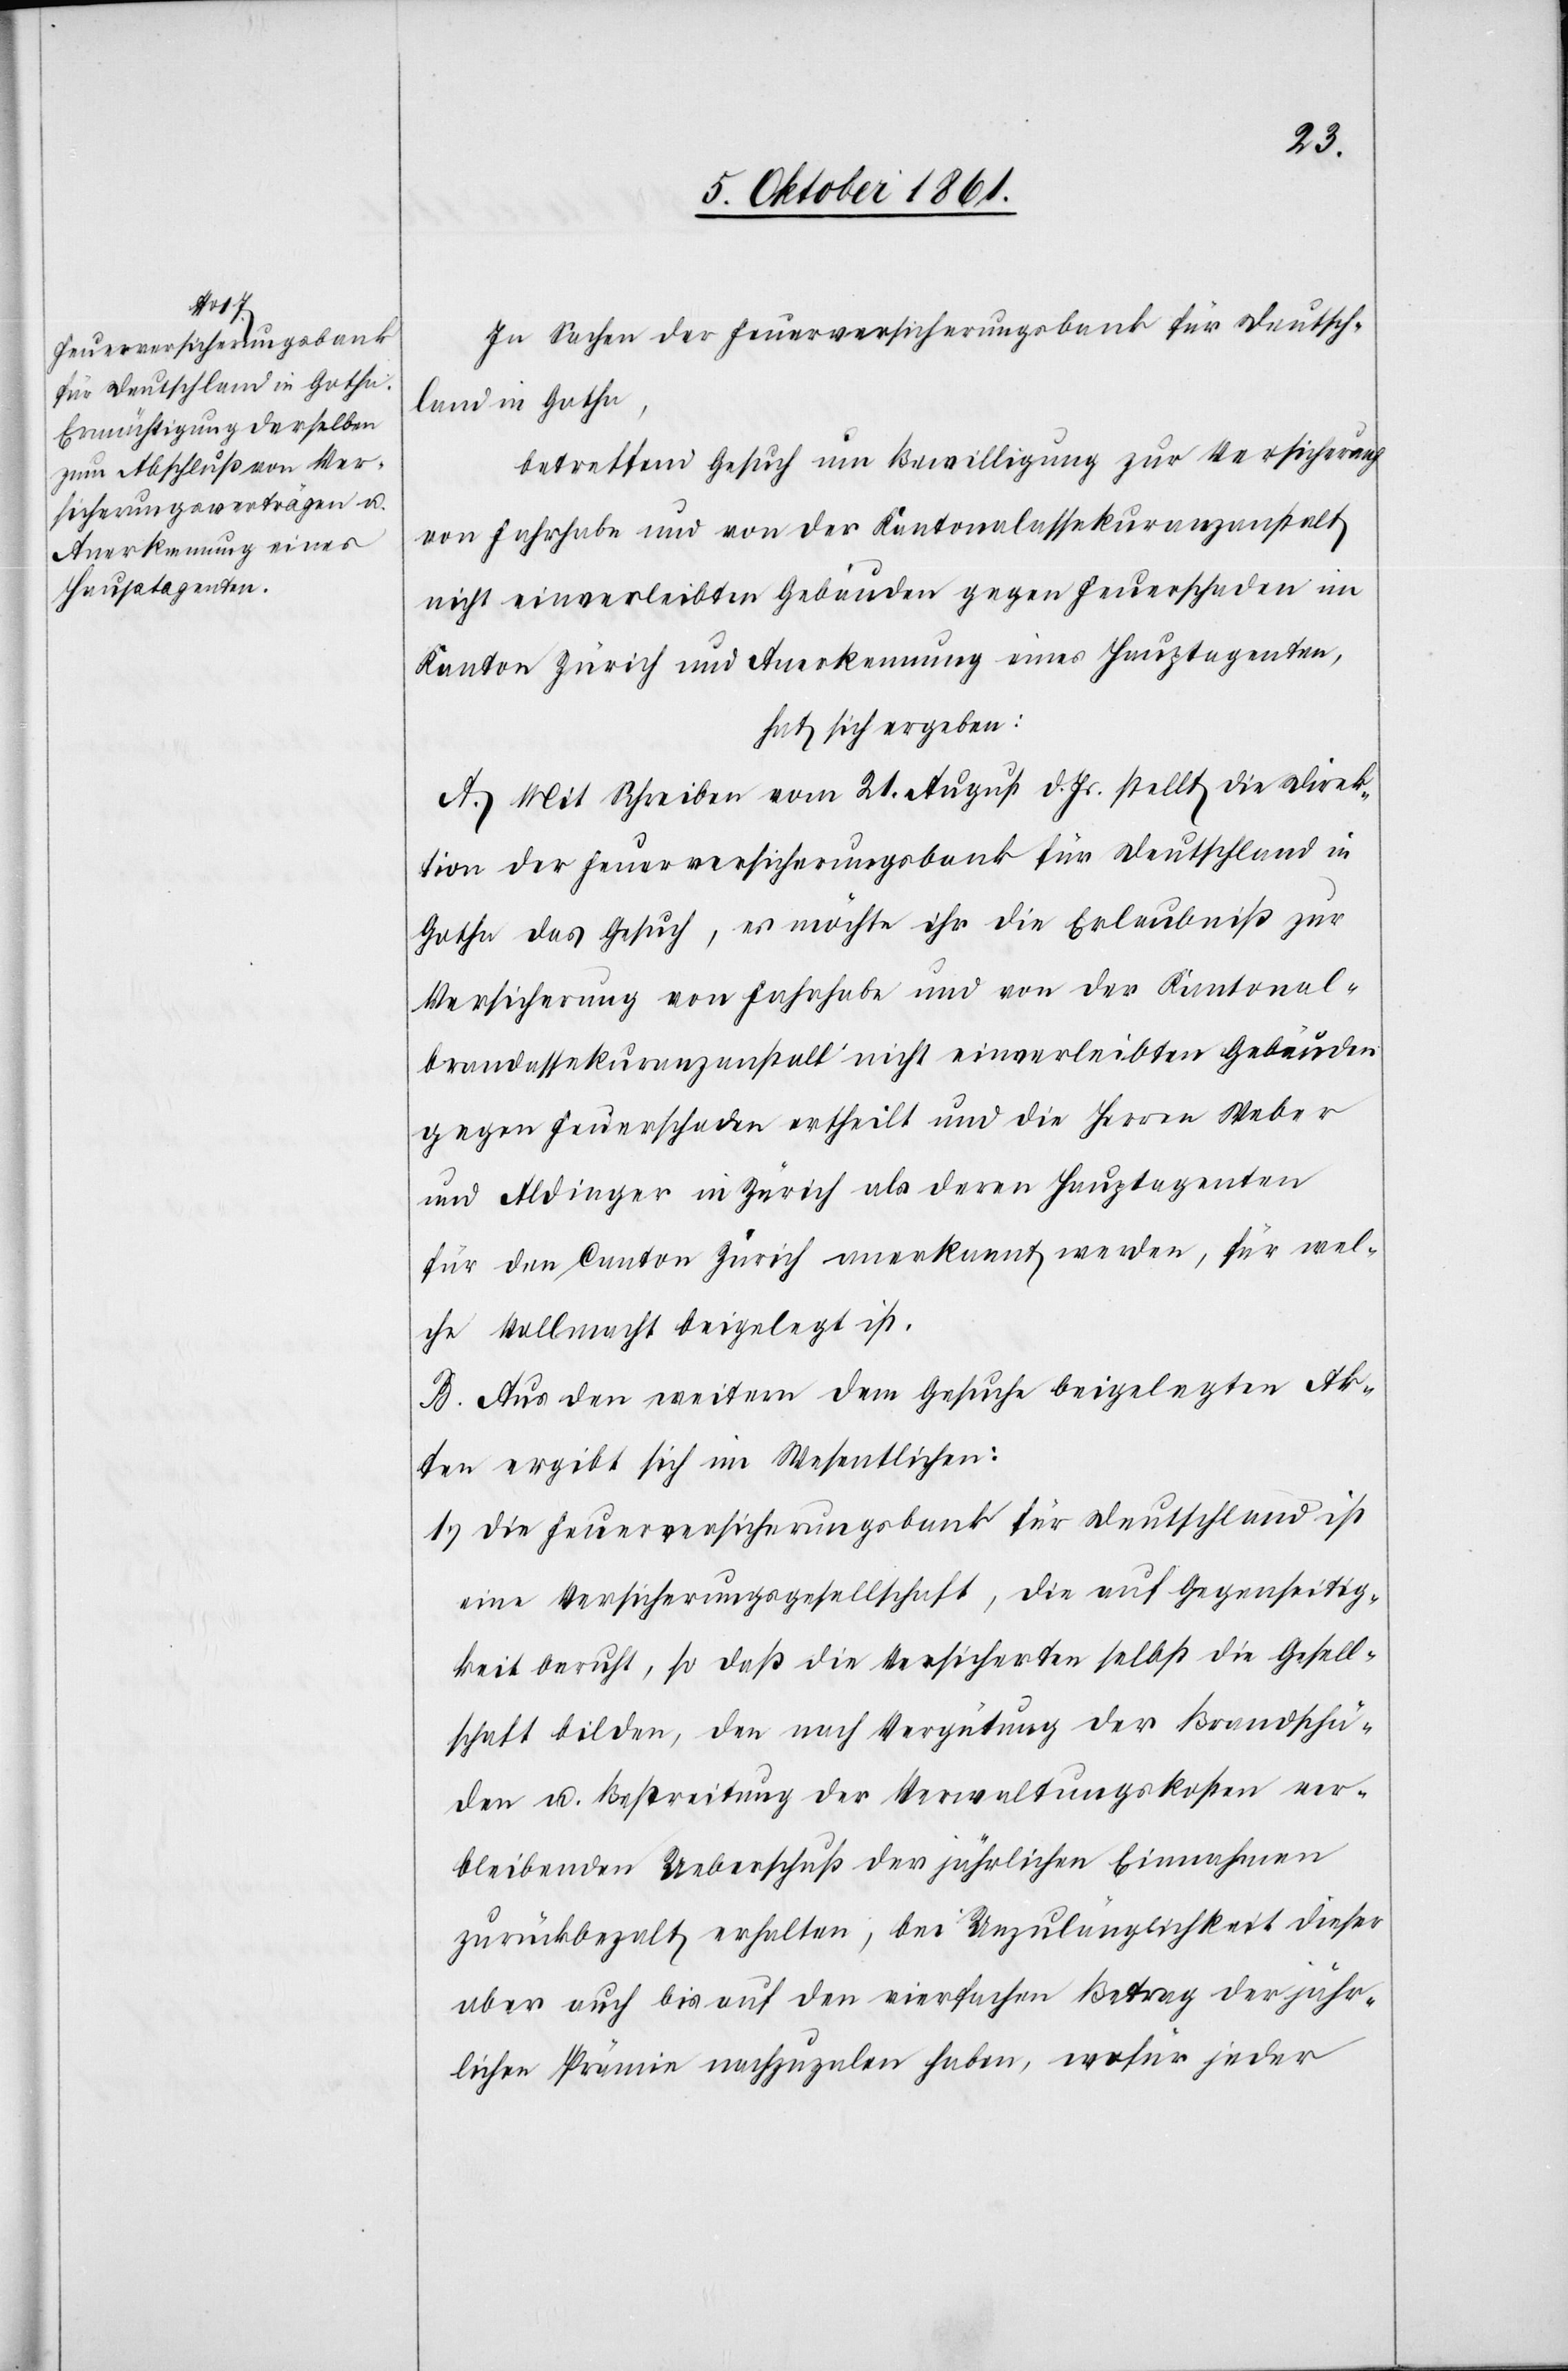
In Sachen der Feuerversicherungsbank für Deutsch¬
land in Gotha,
betreffend Gesuch um Bewilligung zur Versicherung
von Fahrhabe und von der Kantonalassekuranzanstalt
nicht einverleibten Gebäuden gegen Feuerschaden im
Kanton Zürich und Anerkennung eines Hauptagenten,
hat sich ergeben:
A. Mit Schreiben vom 21 August d. Js. stellt die Direk¬
tion der Feuerversicherungsbank für Deutschland in
Gotha das Gesuch, es möchte ihr die Erlaubniß zur
Versicherung von Fahrhabe und von der Kantonal¬
brandassekuranzanstalt nicht einverleibten Gebäuden
gegen Feuerschaden ertheilt und die Herrn Weber
und Aldinger in Zürich als deren Hauptagenten
für den Canton Zürich anerkannt werden, für wel¬
che Vollmacht beigelegt ist.
B. Aus den weitern dem Gesuche beigelegten Ak¬
ten ergibt sich im Wesentlichen:
1. Die Feuerversicherungsbank für Deutschland ist
eine Versicherungsgesellschaft, die auf Gegenseitig¬
keit beruht, so daß die Versicherten selbst die Gesell¬
schaft bilden, den nach Vergütung der Brandschä¬
den u. Bestreitung der Verwaltungskosten ver¬
bleibenden Ueberschuß der jährlichen Einnahmen
zurückbezalt erhalten, bei Unregelmäßigkeit dieser
aber auch bis auf den vierfachen Betrag der jähr¬
lichen Prämie nachzuzalen haben, wofür jeder